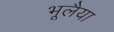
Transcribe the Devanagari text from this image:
भूलैया